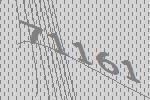
71161